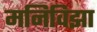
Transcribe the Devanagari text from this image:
मनिविझा